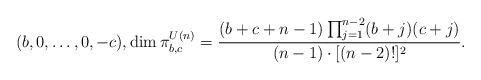
LaTeX: \begin{align*} (b,0,\ldots,0,-c), \dim \pi^{U(n)}_{b,c}= \frac{(b+c+n-1)\prod_{j=1}^{n-2} (b+j) (c+j)}{(n -1)\cdot [(n-2)!]^2}. \end{align*}